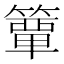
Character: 𮆕